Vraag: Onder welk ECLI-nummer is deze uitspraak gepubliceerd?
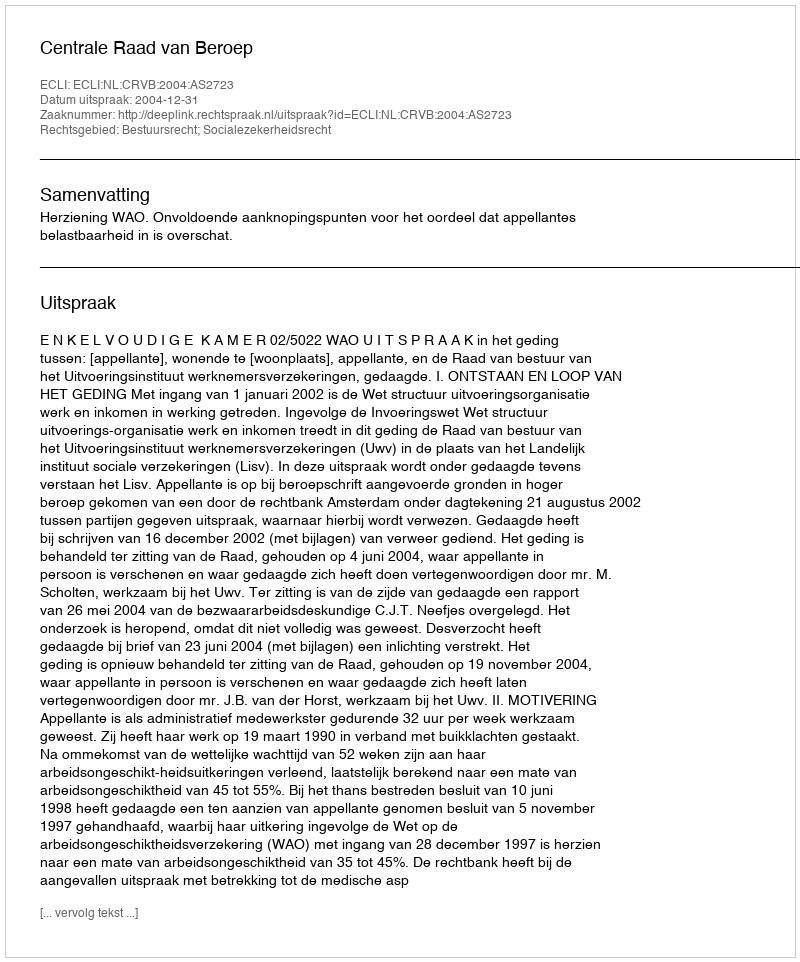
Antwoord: ECLI:NL:CRVB:2004:AS2723